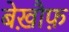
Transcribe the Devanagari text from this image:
बेख़ौफ़